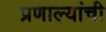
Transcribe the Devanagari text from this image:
प्रणाल्यांची